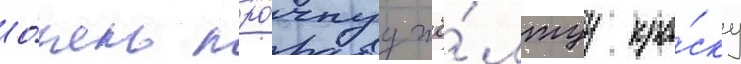
о́чень про́чнуу жё́лтуу кра́ску